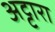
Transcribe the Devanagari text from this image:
अट्टारा